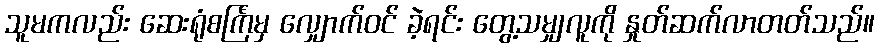
သူမကလည်း ဆေးရုံစင်္ကြံမှ လျှောက်ဝင် ခဲ့ရင်း တွေ့သမျှလူကို နှုတ်ဆက်လာတတ်သည်။